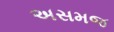
અસમજ